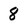
Character: 8